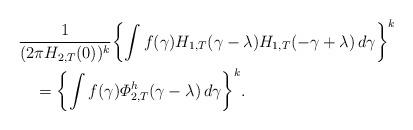
LaTeX: \begin{align*}&\frac{1}{(2\pi H_{2,T}(0))^{k}} \biggl\{ \int f(\gamma)H_{1,T}(\gamma -\lambda)H_{1,T}(-\gamma+\lambda)\,d\gamma \biggr\} ^{k}\\&\quad{}= \biggl\{ \int f(\gamma)\varPhi_{2,T}^{h}(\gamma-\lambda )\,d\gamma \biggr\} ^{k}.\end{align*}